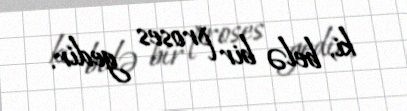
ki, belə bir proses gedir.